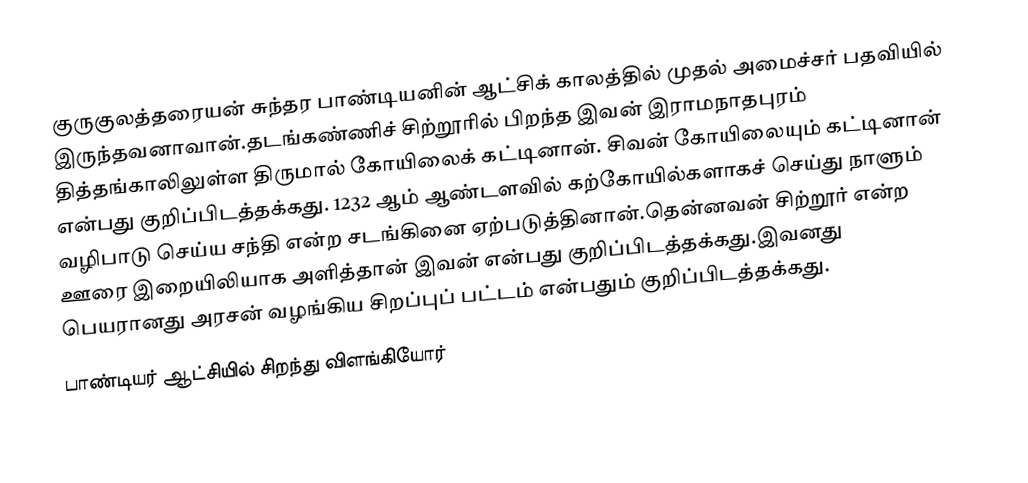
குருகுலத்தரையன் சுந்தர பாண்டியனின் ஆட்சிக் காலத்தில் முதல் அமைச்சர் பதவியில் இருந்தவனாவான்.தடங்கண்ணிச் சிற்றூரில் பிறந்த இவன் இராமநாதபுரம் தித்தங்காலிலுள்ள திருமால் கோயிலைக் கட்டினான். சிவன் கோயிலையும் கட்டினான் என்பது குறிப்பிடத்தக்கது. 1232 ஆம் ஆண்டளவில் கற்கோயில்களாகச் செய்து நாளும் வழிபாடு செய்ய சந்தி என்ற சடங்கினை ஏற்படுத்தினான்.தென்னவன் சிற்றூர் என்ற ஊரை இறையிலியாக அளித்தான் இவன் என்பது குறிப்பிடத்தக்கது.இவனது பெயரானது அரசன் வழங்கிய சிறப்புப் பட்டம் என்பதும் குறிப்பிடத்தக்கது.
பாண்டியர் ஆட்சியில் சிறந்து விளங்கியோர்